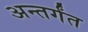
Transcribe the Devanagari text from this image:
अन्तर्गंत